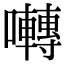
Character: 囀